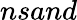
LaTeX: nsand